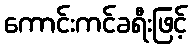
ကောင်းကင်ခရီးဖြင့်